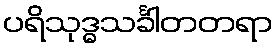
ပရိသုဒ္ဓသင်္ခါတတရာ